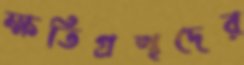
ক্ষতিগ্রস্থদের